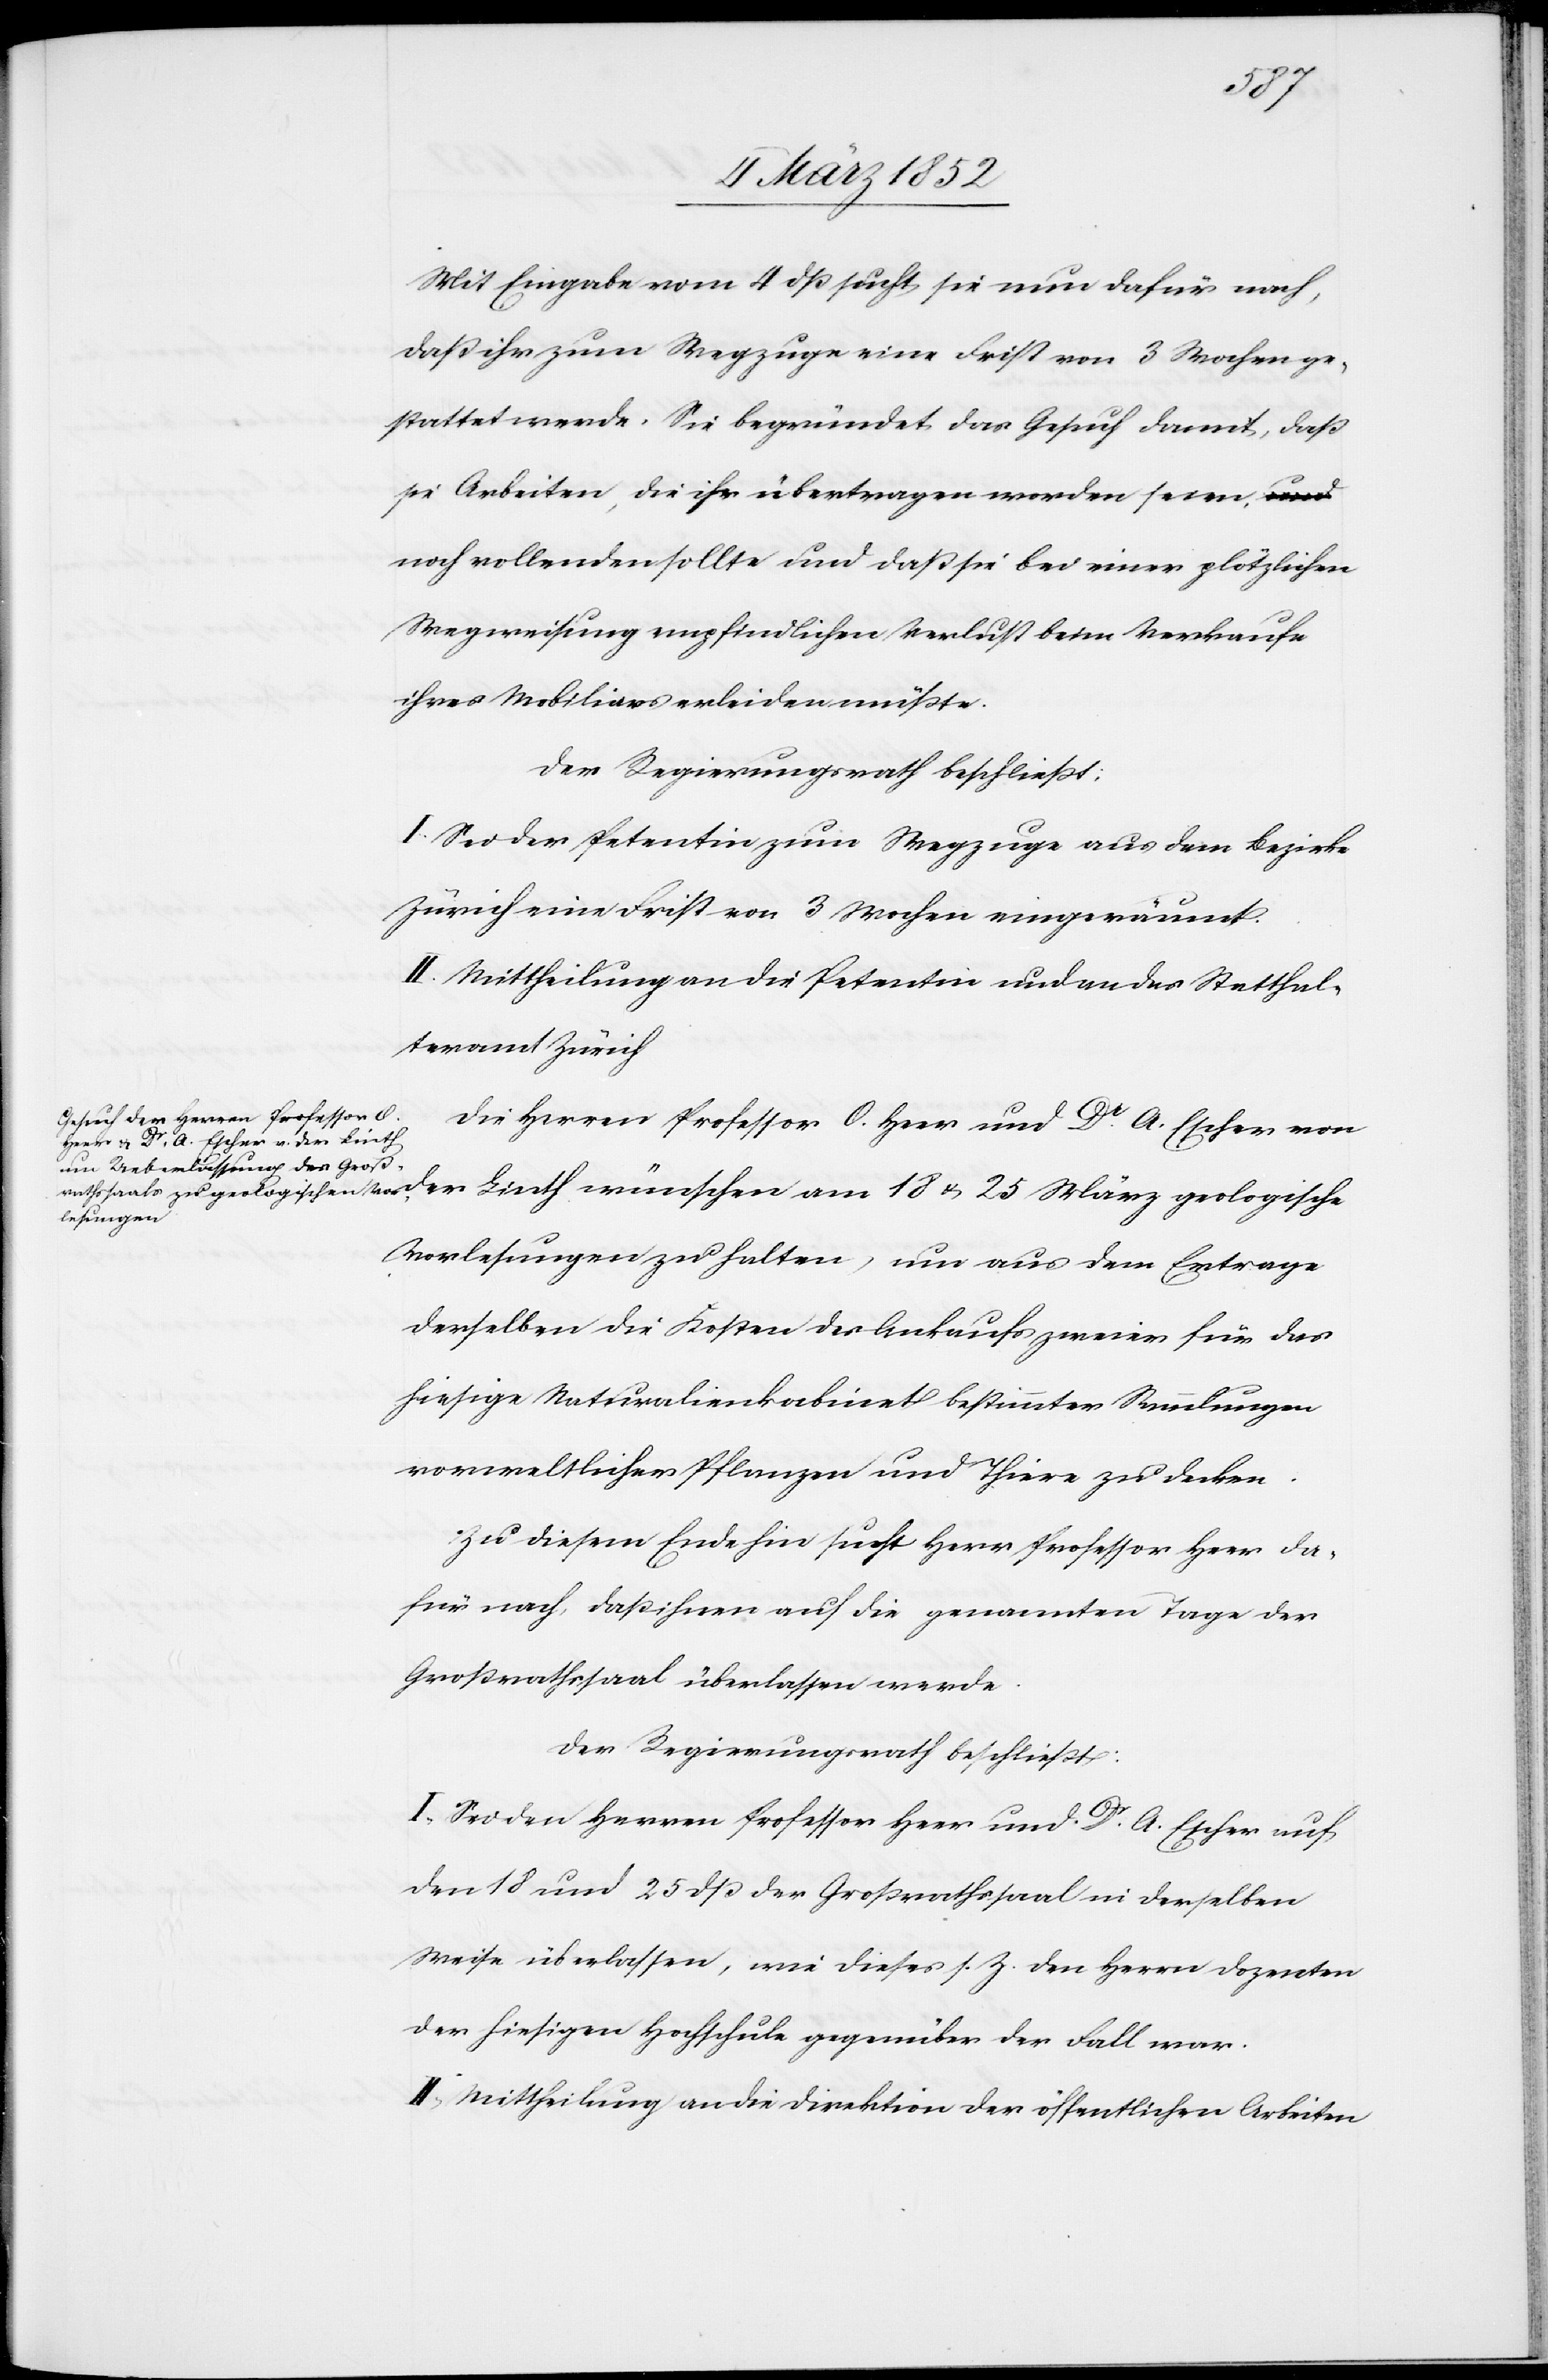
25
Mit Eingabe vom 4 dß sucht sie nun dafür nach,
daß ihr zum Wegzuge eine Frist von 3 Wochen ge¬
stattet werde. Sie begründet das Gesuch damit, daß
sie Arbeiten, die ihr übertragen worden seien,
noch vollenden sollte und daß sie bei einer plötzlichen
Wegweisung empfindlichen Verlust beim Verkaufe
ihres Mobiliars erleiden müßte.
Der Regierungsrath beschließt:
I. Sei der Petentin zum Wegzuge aus dem Bezirke
Zürich eine Frist von 3 Wochen eingeräumt.
II. Mittheilung an die Petentin und an das Statthal¬
teramt Zürich.
Die Herren Professor O. Heer und Dr. A. Escher von
Vorlesungen zu halten, um aus dem Ertrage
derselben die Kosten des Ankaufs zweier für das
hiesige Naturalienkabinet bestimmter Sammlungen
vorweltlicher Pflanzen und Thiere zu decken.
Zu diesem Ende hin sucht Herr Professor Heer da¬
für nach, daß ihnen auf die genannten Tage der
Großrathssaal überlassen werde.
Der Regierungsrath beschließt:
I. Sei den Herren Professor Herr und Dr. A. Escher auf
den 18 und 25 dß der Großrathssaal in derselben
Weise überlassen, wie dieses s. Z. den Herrn Dozenten
der hiesigen Hochschule gegenüber der Fall war.
II. Mittheilung an die Direktion der öffentlichen Arbeiten